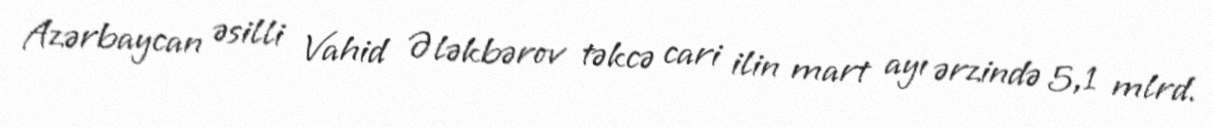
Azərbaycan əsilli Vahid Ələkbərov təkcə cari ilin mart ayı ərzində 5,1 mlrd.